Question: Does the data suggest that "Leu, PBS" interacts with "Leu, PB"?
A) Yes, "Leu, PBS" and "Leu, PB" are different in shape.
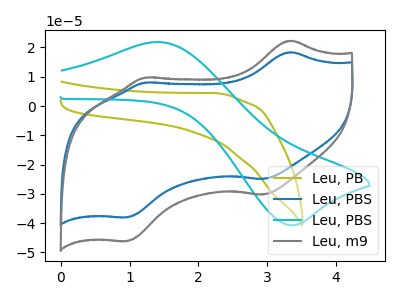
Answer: <think>The olive curve "Leu, PB" has no peaks. The blue curve "Leu, PBS" has anodic peaks at (3.35V, 18.40uA) (1.20V, 8.00uA) and cathodic peaks at (2.95V, -24.95uA) (0.95V, -38.00uA). The cyan curve "Leu, PBS" has an anodic peak at (1.40V, 21.85uA) and a cathodic peak at (3.35V, -40.70uA). The gray curve "Leu, m9" has anodic peaks at (3.35V, 22.30uA) (1.20V, 9.75uA) and cathodic peaks at (2.95V, -30.25uA) (0.95V, -46.15uA).
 "Leu, PBS" and "Leu, PB" have a different number of peaks.</think>
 <answer>A) Yes, "Leu, PBS" and "Leu, PB" are different in shape.</answer>
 <eval>A</eval>